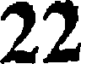
22